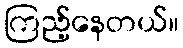
ကြည့်နေတယ်။